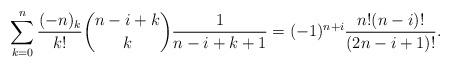
LaTeX: \begin{align*}\sum_{k=0}^{n}\frac{(-n)_k}{k!}\binom{n-i+k}{k}\frac{1}{n-i+k+1}=(-1)^{n+i}\frac{n! (n-i)!}{(2n-i+1)!}.\end{align*}